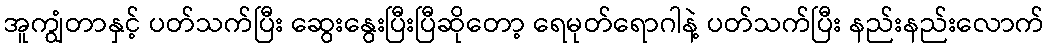
အူကျွံတာနှင့် ပတ်သက်ပြီး ဆွေးနွေးပြီးပြီဆိုတော့ ရေမုတ်ရောဂါနဲ့ ပတ်သက်ပြီး နည်းနည်းလောက်